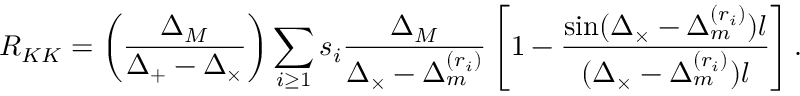
{ \cal R } _ { K K } = \left( \frac { \Delta _ { M } } { \Delta _ { + } - \Delta _ { \times } } \right) \sum _ { i \geq 1 } s _ { i } \frac { \Delta _ { M } } { \Delta _ { \times } - \Delta _ { m } ^ { ( r _ { i } ) } } \left[ 1 - \frac { \sin ( \Delta _ { \times } - \Delta _ { m } ^ { ( r _ { i } ) } ) l } { ( \Delta _ { \times } - \Delta _ { m } ^ { ( r _ { i } ) } ) l } \right] .